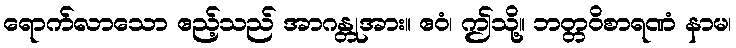
ရောက်လာသော ဧည့်သည် အာဂန္တုအား။ ဧဝံ၊ ဤသို့။ ဘတ္တဝိစာရဏံ နာမ၊